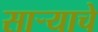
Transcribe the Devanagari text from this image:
सार्‍याचे